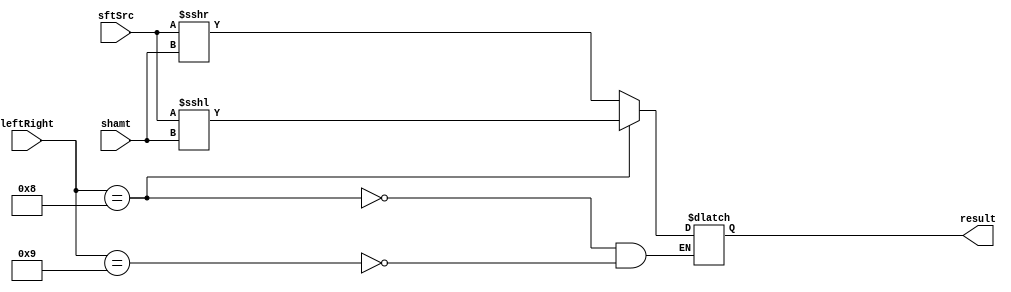
module Shifter( result, leftRight, shamt, sftSrc );

//I/O ports 
output	[32-1:0] result;

input	 [4-1:0] leftRight;
input	[5-1:0] shamt;
input	[32-1:0] sftSrc ;

//Internal Signals
wire	[32-1:0] result;

//Main function
/*your code here*/
reg 	[32-1:0] results;
reg 	[5-1:0] shamts;
assign result= results;
always @ ( leftRight or sftSrc) begin
    shamts ={{27{shamt[4]}}, shamt[4:0]};
    if(leftRight ==4'b1000)
    results <= $signed(sftSrc) <<< shamts;
    else if(leftRight ==4'b1001)
    results <= $signed(sftSrc) >>> shamts;
end

endmodule